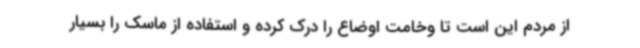
از مردم این است تا وخامت اوضاع را درک کرده و استفاده از ماسک را بسیار